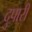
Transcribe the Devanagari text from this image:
दुपारीं